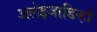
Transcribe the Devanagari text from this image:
अलेइजाडिन्हों